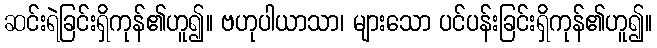
ဆင်းရဲခြင်းရှိကုန်၏ဟူ၍။ ဗဟုပါယာသာ၊ များသော ပင်ပန်းခြင်းရှိကုန်၏ဟူ၍။